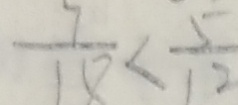
\frac { 7 } { 1 8 } < \frac { 5 } { 1 2 }